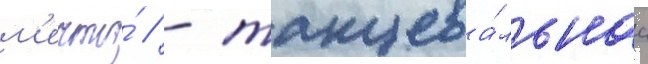
м'ечты́ // - танцева́льнаа